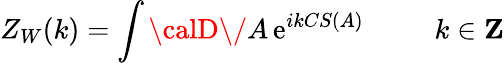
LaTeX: Z_{W}(k)=\int{\calD\/ }A\, \mathrm{e}^{ikCS(A)}\; \; \; \; \; \; \; \; \; k\in{\mathbf{Z}}